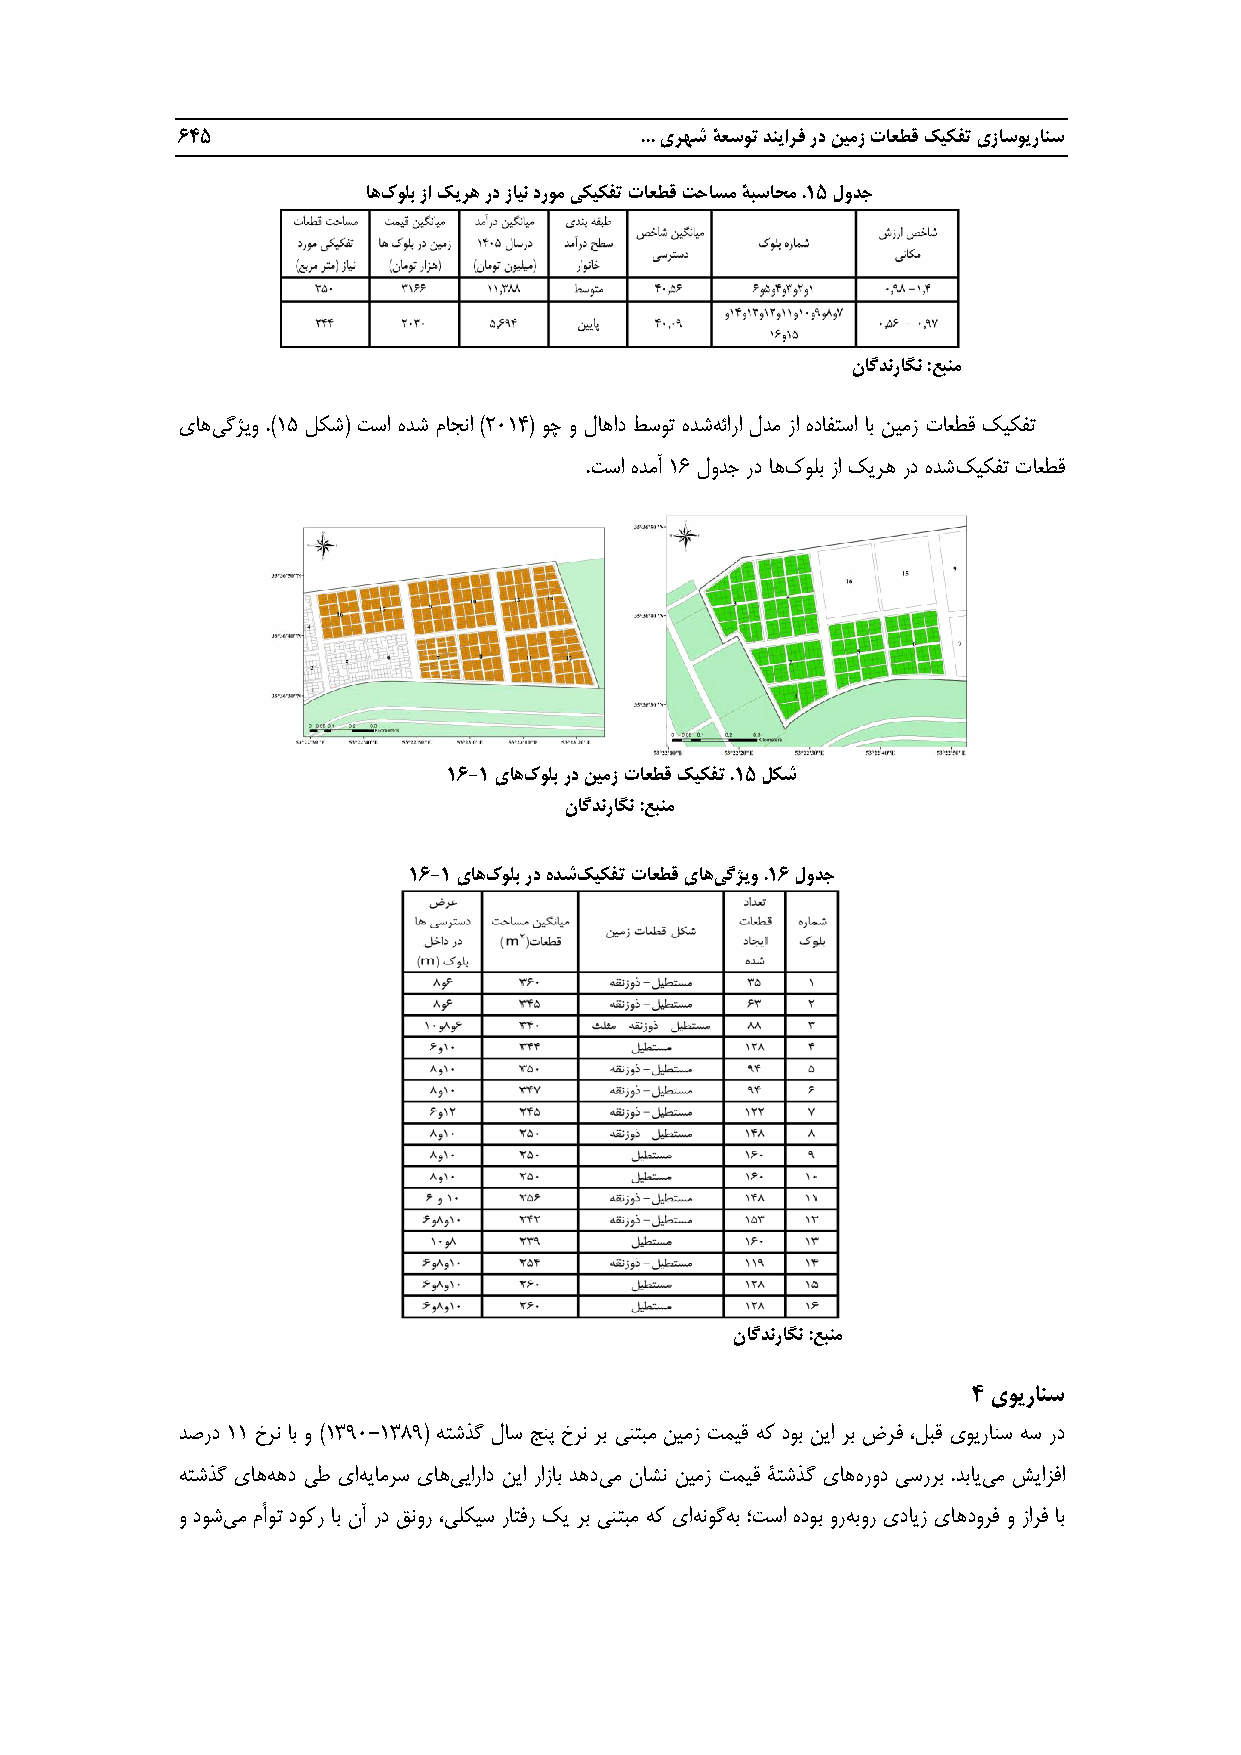
201‌                          ‌... یرهش‌ةعسوت‌دنیارف‌رد‌نیمز‌تاعطق‌کیکفت‌یزاسویرانس
 ‌اهک‌ ولب‌زا‌کیره‌رد‌زاین‌دروم‌یکیکفت‌تاعطق‌تحاسم‌ةبساحم‌.51‌لودج‌
 ‌ناگدنراگن‌:عبنم
 یاهی گژیو .)60 لدش( تسا هدش ماجنا )7961( وچ و لاهاد طسوت هدشه ئارا لدم زا هدافتسا اب نیمز تاعطق کیدفت
 .تسا هدمآ 61 لودج رد اهک ولب زا کیره رد هدش ک یدفت تاعطق
 ‌
 ‌
 ‌52-5‌یاهک‌ ولب‌رد‌نیمز‌تاعطق‌کیکفت‌.51‌لکش
 ‌ناگدنراگن‌:عبنم‌
 ‌52-5‌یاهک‌ ولب‌رد‌هدشکیکفت‌تاعطق‌یاهی‌ گژیو‌.52‌لودج
 ‌
 ‌ناگدنراگن‌:عبنم
 ‌0‌یویرانس
 دصرد 66 خرن اب و )6909-6900( هتشذگ لاس جنپ خرن رب ینتبم نیمز تمیق هک دوب نیا رب ضرف ،لبق یویرانس هس رد
 هتشذگ یاهه هد یط یاه یامرس یاهی یاراد نیا رازاب دهدی م ناشن نیمز تمیق ةتشذگ یاهه رود یسررب .دبایی م شیازفا
 و دوشی م مأوت دوکر اب نآ رد قنور ،یلدیس راتفر کی رب ینتبم هک یاه نوگه ب ؛تسا هدوب ور هبور یدایز یاهدورف و زارف اب